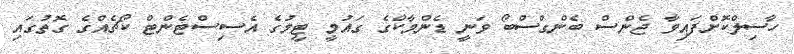
ހާސިލްކޮށްފައިވާ ޖެންސް ބެންގްސްބޯ ވަނީ ޑެންމާކްގެ ގައުމީ ޓީމުގެ އެސިސްޓެންޓް ކޯޗެއްގެ ގޮތުގައި